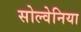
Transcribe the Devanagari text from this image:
सोल्वेनिया